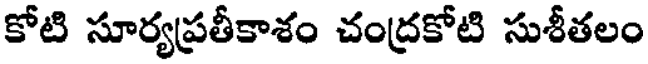
కోటి సూర్యప్రతీకాశం చంద్రకోటి సుశీతలం